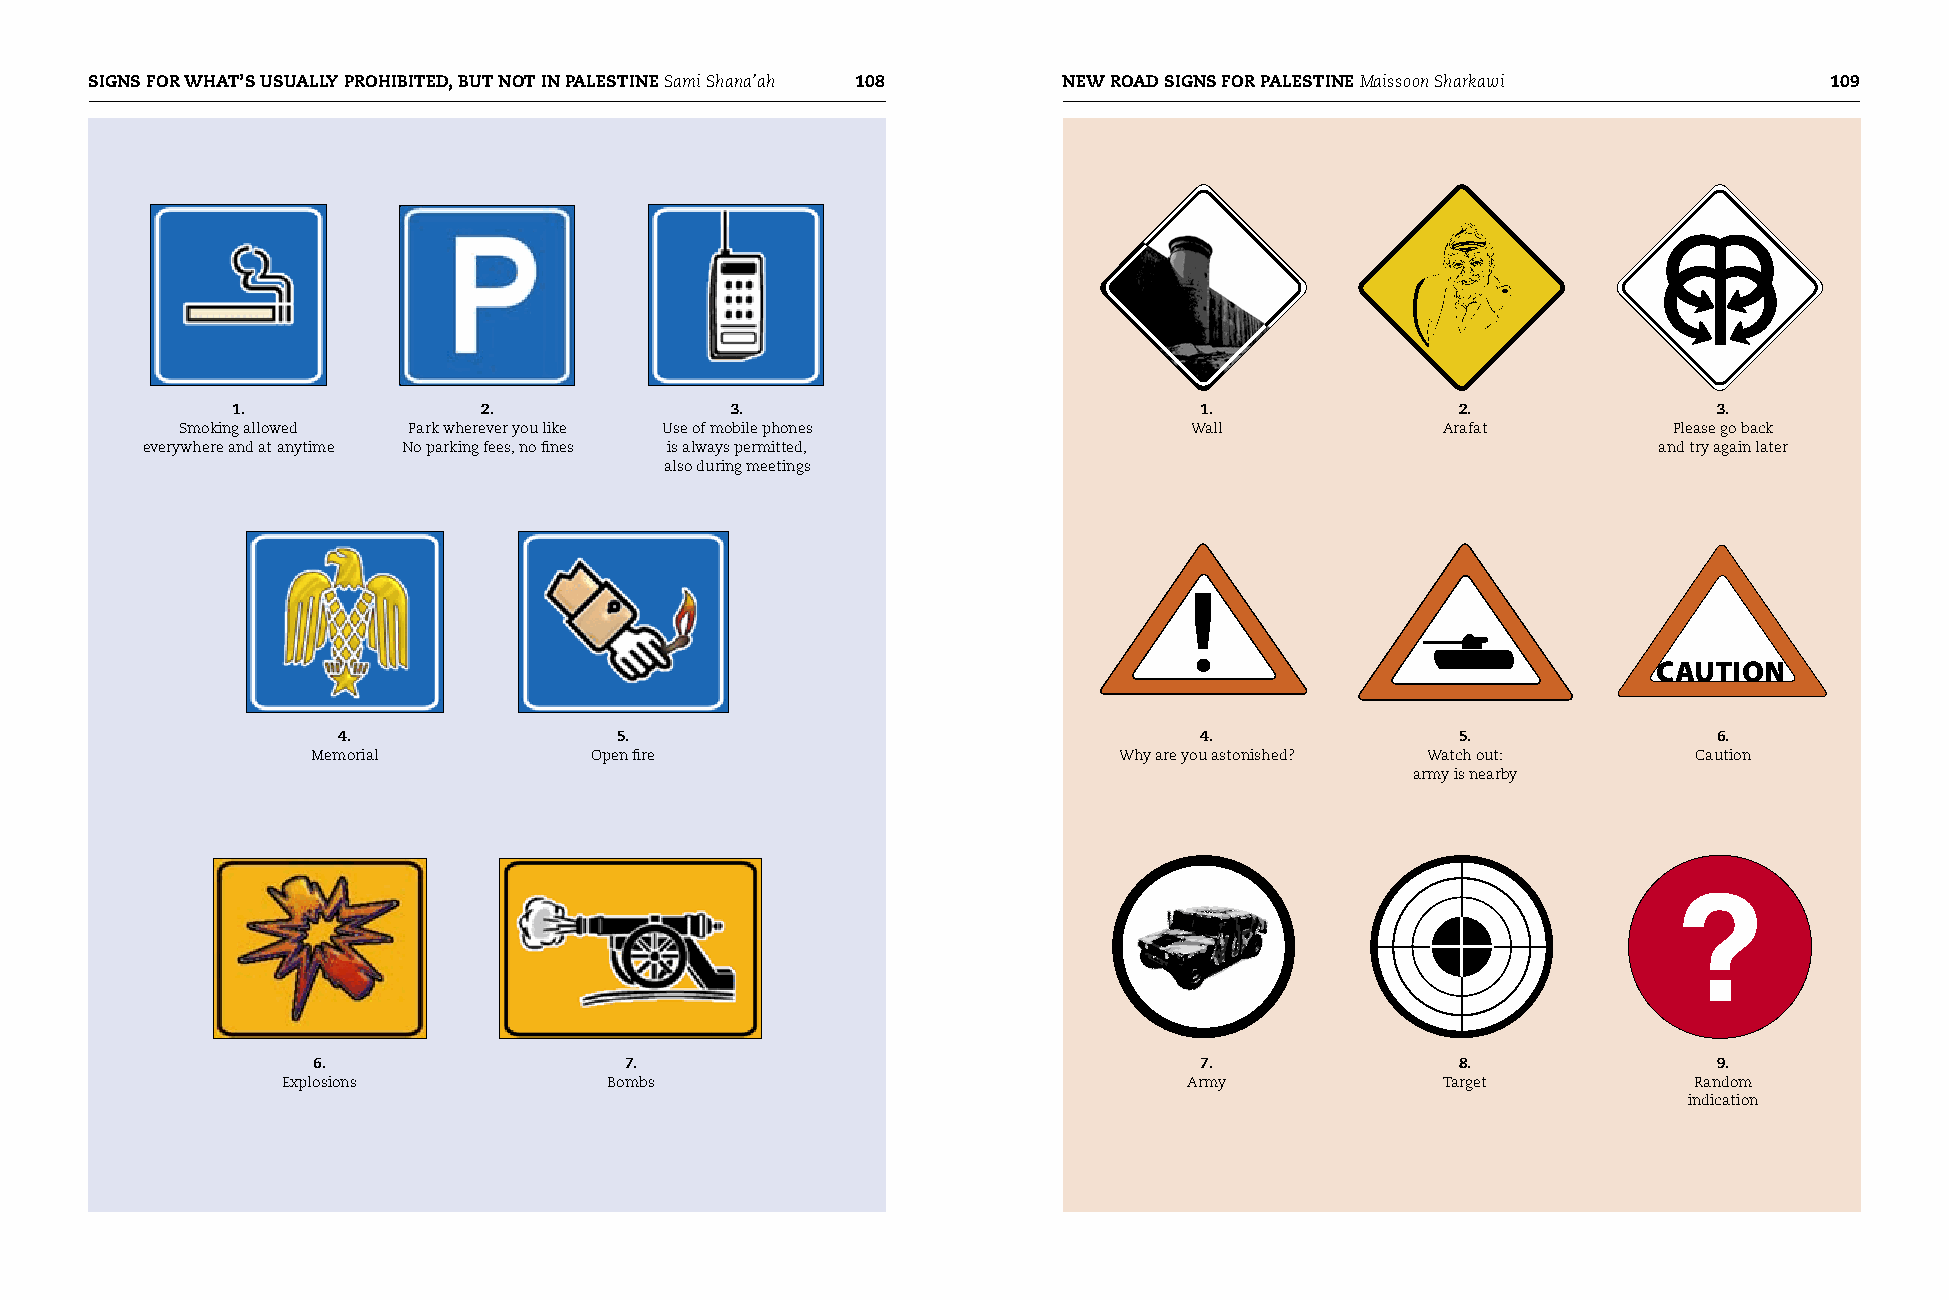
SIGNS FOR whAT’S USUALLy PROhIBITED, BUT NOT IN PALESTINE Sami Shana’ah 108 NEw ROAD SIGNS FOR PALESTINE Maissoon Sharkawi 109
 1.               2.              3.                             1.                2.               3.
 Smoking allowed Park wherever you like Use of mobile phones        Wall             Arafat         Please go back
 everywhere and at anytime No parking fees, no fines is always permitted,                             and try again later
 also during meetings
 CAUTION
 4.                 5.                                    4.                5.               6.
 Memorial          Open fire                          Why are you astonished? Watch out:    Caution
 army is nearby
 6.                  7.                                    7.                8.               9.
 Explosions           Bombs                                  Army             Target          Random
 indication